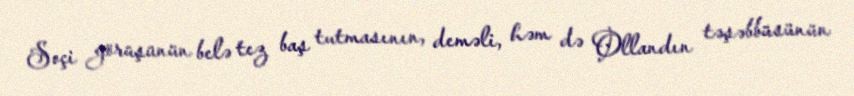
Soçi görüşünün belə tez baş tutmasının, deməli, həm də Ollandın təşəbbüsünün